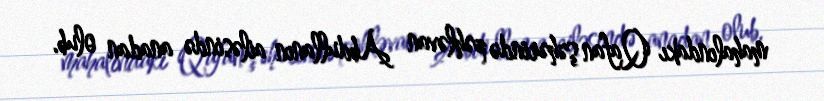
mahalındakı Qafan şəhərində pəhləvan Abdullanın ailəsində anadan olub.